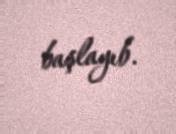
başlayıb.